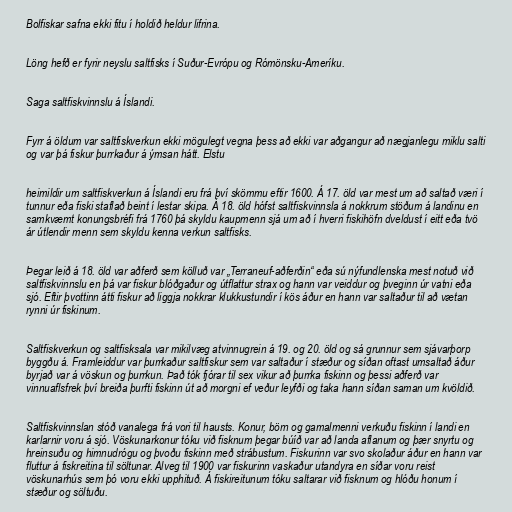
Bolfiskar safna ekki fitu í holdið heldur lifrina.

Löng hefð er fyrir neyslu saltfisks í Suður-Evrópu og Rómönsku-Ameríku.

Saga saltfiskvinnslu á Íslandi.

Fyrr á öldum var saltfiskverkun ekki mögulegt vegna þess að ekki var aðgangur að nægjanlegu miklu salti
og var þá fiskur þurrkaður á ýmsan hátt. Elstu

heimildir um saltfiskverkun á Íslandi eru frá því skömmu eftir 1600. Á 17. öld var mest um að saltað væri í
tunnur eða fiski staflað beint í lestar skipa. Á 18. öld hófst saltfiskvinnsla á nokkrum stöðum á landinu en
samkvæmt konungsbréfi frá 1760 þá skyldu kaupmenn sjá um að í hverri fiskihöfn dveldust í eitt eða tvö
ár útlendir menn sem skyldu kenna verkun saltfisks.

Þegar leið á 18. öld var aðferð sem kölluð var „Terraneuf-aðferðin“ eða sú nýfundlenska mest notuð við
saltfiskvinnslu en þá var fiskur blóðgaður og útflattur strax og hann var veiddur og þveginn úr vatni eða
sjó. Eftir þvottinn átti fiskur að liggja nokkrar klukkustundir í kös áður en hann var saltaður til að vætan
rynni úr fiskinum.

Saltfiskverkun og saltfisksala var mikilvæg atvinnugrein á 19. og 20. öld og sá grunnur sem sjávarþorp
byggðu á. Framleiddur var þurrkaður saltfiskur sem var saltaður í stæður og síðan oftast umsaltað áður
byrjað var á vöskun og þurrkun. Það tók fjórar til sex vikur að þurrka fiskinn og þessi aðferð var
vinnuaflsfrek því breiða þurfti fiskinn út að morgni ef veður leyfði og taka hann síðan saman um kvöldið.

Saltfiskvinnslan stóð vanalega frá vori til hausts. Konur, börn og gamalmenni verkuðu fiskinn í landi en
karlarnir voru á sjó. Vöskunarkonur tóku við fisknum þegar búíð var að landa aflanum og þær snyrtu og
hreinsuðu og himnudrógu og þvoðu fiskinn með strábustum. Fiskurinn var svo skolaður áður en hann var
fluttur á fiskreitina til söltunar. Alveg til 1900 var fiskurinn vaskaður utandyra en síðar voru reist
vöskunarhús sem þó voru ekki upphituð. Á fiskireitunum tóku saltarar við fisknum og hlóðu honum í
stæður og söltuðu.